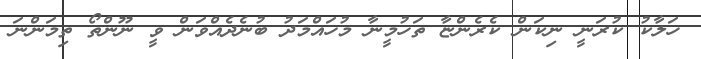
ހަލާކު ކުރަނީ ނިކަން ކެރެންޏާ ތަހުމީނާ މުހައްމަދު ބުނެދެއްވަން ވީ ނޫންތޯ ތިމަންނަ